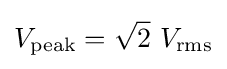
V_{\text{peak}}={\sqrt {2}}\ V_{\text{rms}}